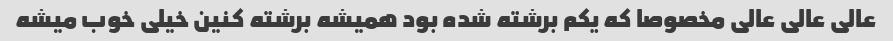
عالی عالی عالی مخصوصا که یکم برشته شده بود همیشه برشته کنین خیلی خوب میشه